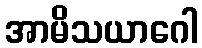
အာမိသယာဂေါ